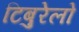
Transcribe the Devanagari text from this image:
टिबुरेलो